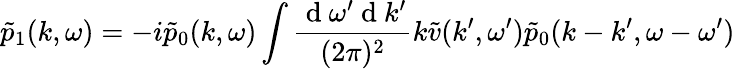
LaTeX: \tilde{p}_{1}(k,\omega)=-i\tilde{p}_{0}(k,\omega)\int\frac{\mathrm{~d~}\omega^{\prime}\mathrm{~d~}k^{\prime}}{(2\pi)^{2}}k\tilde{v}(k^{\prime},\omega^{\prime})\tilde{p}_{0}(k-k^{\prime},\omega-\omega^{\prime})